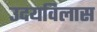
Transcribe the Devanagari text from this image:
उदयविलास